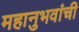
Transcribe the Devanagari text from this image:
महानुभवांची